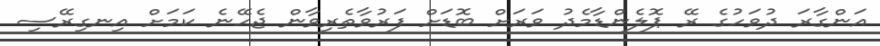
އަންގާރަ ދުވަހުގެ ރޭ ޕޮލެންޑާމެދު ވަރަށް ބޮޑަށް ފަރުވާތެރިވާން ޖެހޭނެ ކަމަށް އިނގިރޭސި